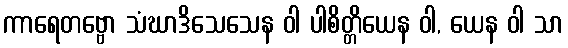
ကာရေတဗ္ဗော သံဃာဒိသေသေန ဝါ ပါစိတ္တိယေန ဝါ, ယေန ဝါ သာ